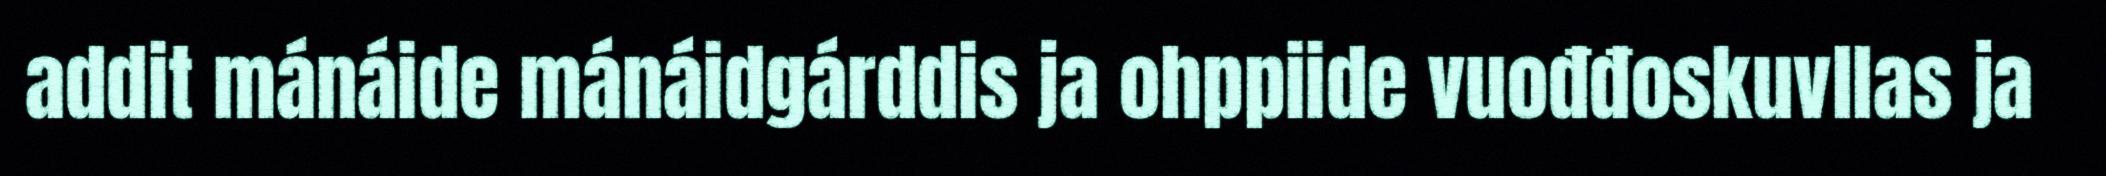
addit mánáide mánáidgárddis ja ohppiide vuođđoskuvllas ja